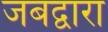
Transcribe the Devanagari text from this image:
जबद्वारा